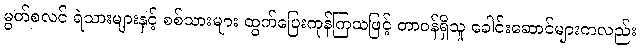
မွတ်စလင် ရဲသားများနှင့် စစ်သားများ ထွက်ပြေးကုန်ကြသဖြင့် တာဝန်ရှိသူ ခေါင်းဆောင်များကလည်း